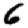
Digit: 6